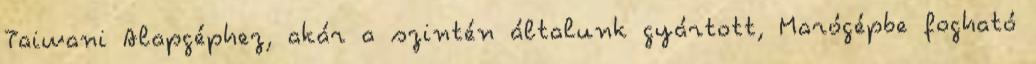
Taiwani Alapgéphez, akár a szintén általunk gyártott, Marógépbe fogható